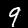
Label: 9